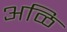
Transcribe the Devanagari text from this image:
अळि